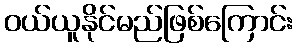
ဝယ်ယူနိုင်မည်ဖြစ်ကြောင်း